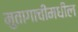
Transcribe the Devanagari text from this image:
मुतागाचीमधील